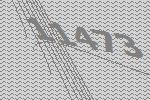
11473